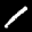
Label: 1